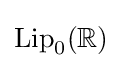
{\text{Lip}}_{0}(\mathbb {R} )